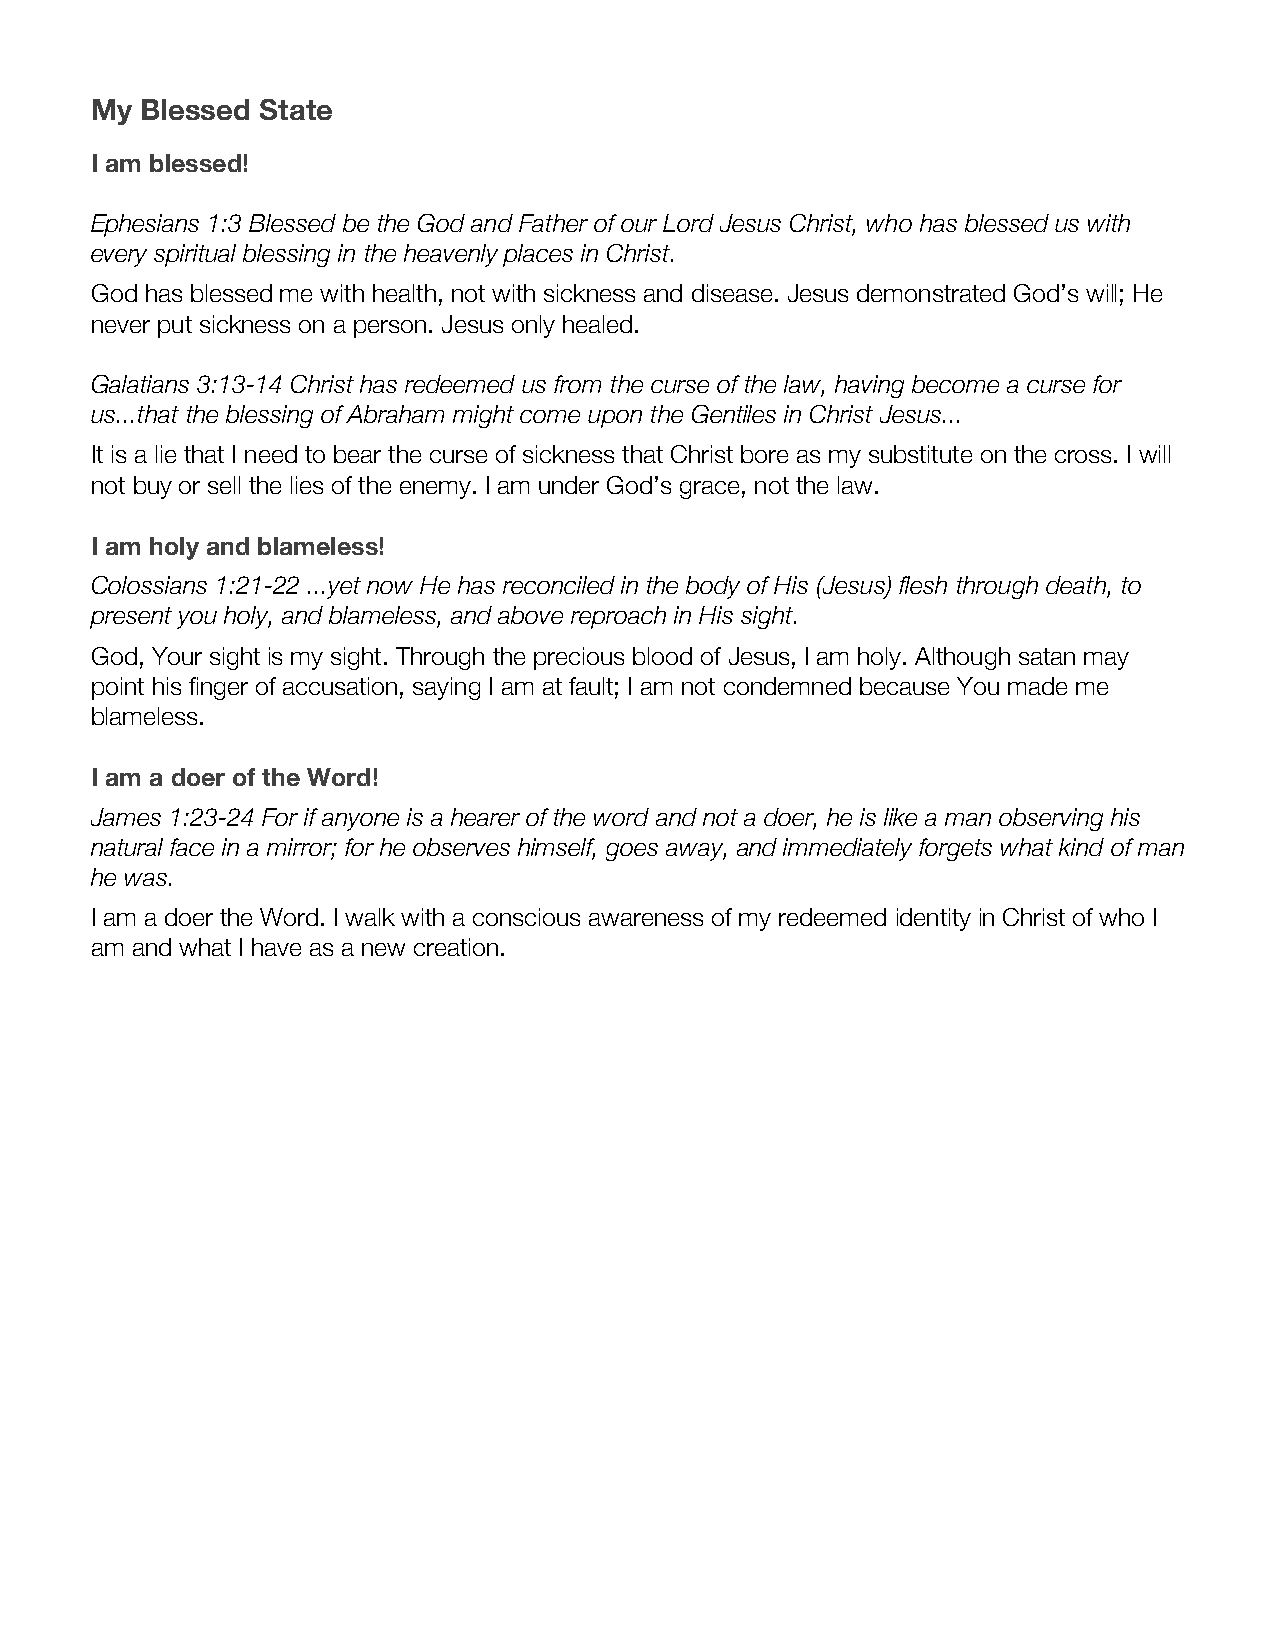
My Blessed State
 I am blessed!
 Ephesians 1:3 Blessed be the God and Father of our Lord Jesus Christ, who has blessed us with
 every spiritual blessing in the heavenly places in Christ. !
 God has blessed me with health, not with sickness and disease. Jesus demonstrated God’s will; He
 never put sickness on a person. Jesus only healed.
 Galatians 3:13-14 Christ has redeemed us from the curse of the law, having become a curse for
 us...that the blessing of Abraham might come upon the Gentiles in Christ Jesus...
 It is a lie that I need to bear the curse of sickness that Christ bore as my substitute on the cross. I will
 not buy or sell the lies of the enemy. I am under God’s grace, not the law.
 I am holy and blameless!
 Colossians 1:21-22 ...yet now He has reconciled in the body of His (Jesus) flesh through death, to
 present you holy, and blameless, and above reproach in His sight.
 God, Your sight is my sight. Through the precious blood of Jesus, I am holy. Although satan may
 point his finger of accusation, saying I am at fault; I am not condemned because You made me
 blameless.
 I am a doer of the Word!
 James 1:23-24 For if anyone is a hearer of the word and not a doer, he is like a man observing his
 natural face in a mirror; for he observes himself, goes away, and immediately forgets what kind of man
 he was.
 I am a doer the Word. I walk with a conscious awareness of my redeemed identity in Christ of who I
 am and what I have as a new creation.